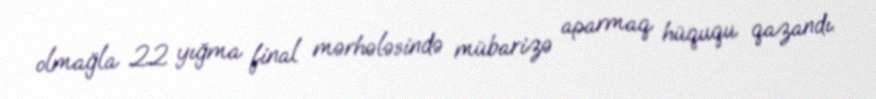
olmağla 22 yığma final mərhələsində mübarizə aparmaq hüququ qazandı.